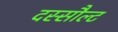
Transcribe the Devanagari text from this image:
दस्सौल्ट